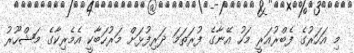
މި އަހަރުގެ ފެބްރުއަރީ މަހު އޭނާގެ ފުރަތަމަ ދަރިފުޅަށް މަރުހަބާކީ އެމެރިކާގެ މަޝްހޫރު